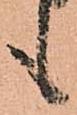
も